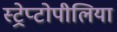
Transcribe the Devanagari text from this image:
स्ट्रेप्टोपीलिया